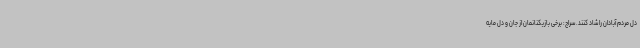
دل مردم آبادان را شاد کنند. سراج: برخی بازیکنانمان از جان و دل مایه